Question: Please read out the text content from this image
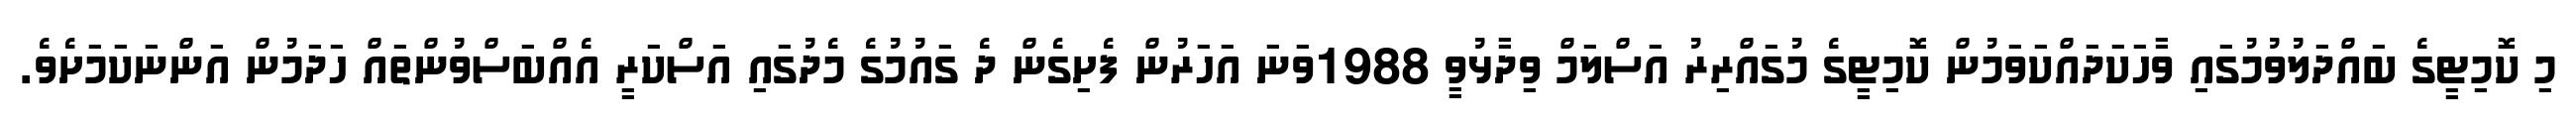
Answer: މި ކޮމިޓީގެ ބައްދަލުވުމުގައި ވާހަކަދައްކަވަމުން ކޮމިޓީގެ މުގައްރިރު އަސްލަމް ވިދާޅުވީ 1988ވަނަ އަހަރުން ފެށިގެން ދެ ގައުމުގެ މެދުގައި އަސްކަރީ އެއްބަސްވުންތައް ހަދަމުން އަންނަކަމަށެވެ.